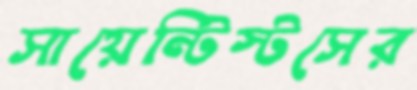
সায়েন্টিস্টসের